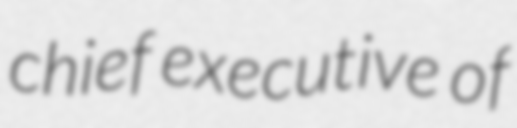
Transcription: chief executive of